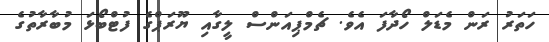
ހަތަރު ރަން މެޑަލް ހޯދާފަ އެވެ. ޗެމްޕިއަންސް ލީގާއި ޔޫރަޕްގެ ފުޓްބޯޅަ މުބާރާތުގެ